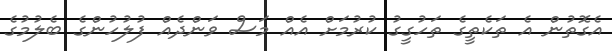
އެގޮތުން އެ ތަކެތީގެ ތަހުގީގު ކުރުމަށް އެއް މަސް ވަންދެއް ފުލުހުންގެ ބެލުމުގެ